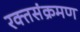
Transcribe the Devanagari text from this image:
रक्तसंक्रमण